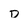
Character: D